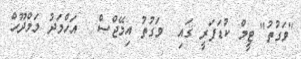
"ވަގުތު" ޓީމް ކުޑަފަރީ ގައި  ވަގުތު އިމޭޖްސް : އަހްމަދު މަމްދޫހް